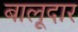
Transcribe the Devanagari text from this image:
बालूदार